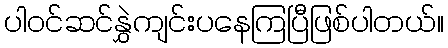
ပါဝင်ဆင်နွှဲကျင်းပနေကြပြီဖြစ်ပါတယ်။